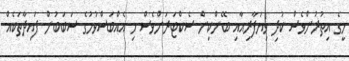
މީގެ އިތުރުންވެސް ކުދި ވިޔަފާރިއާއި ބޭންކިން ސެކްޓަރަށްވެސް މި އެއްބަސްވުމުގެ ސަބަބުން ފައިދާތަކެއް